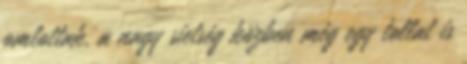
omlottak, a nagy sietség közben még egy tollat is